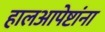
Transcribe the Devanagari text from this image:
हालआपेष्टांना